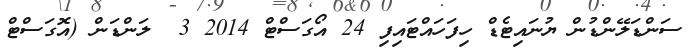
ސަންޑަލޭންޑުން ޔުނައިޓެޑް ހިފަހައްޓައިފި 24 އޯގަސްޓް 2014 3  ލަންޑަން (އޮގަސްޓް